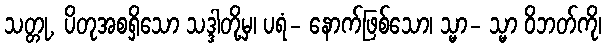
သတ္တု, ပိတုအစရှိသော သဒ္ဒါတို့မှ၊ ပရံ- နောက်ဖြစ်သော၊ သ္မာ- သ္မာ ဝိဘတ်ကို၊